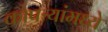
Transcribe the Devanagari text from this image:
कोपऱ्यांमध्ये